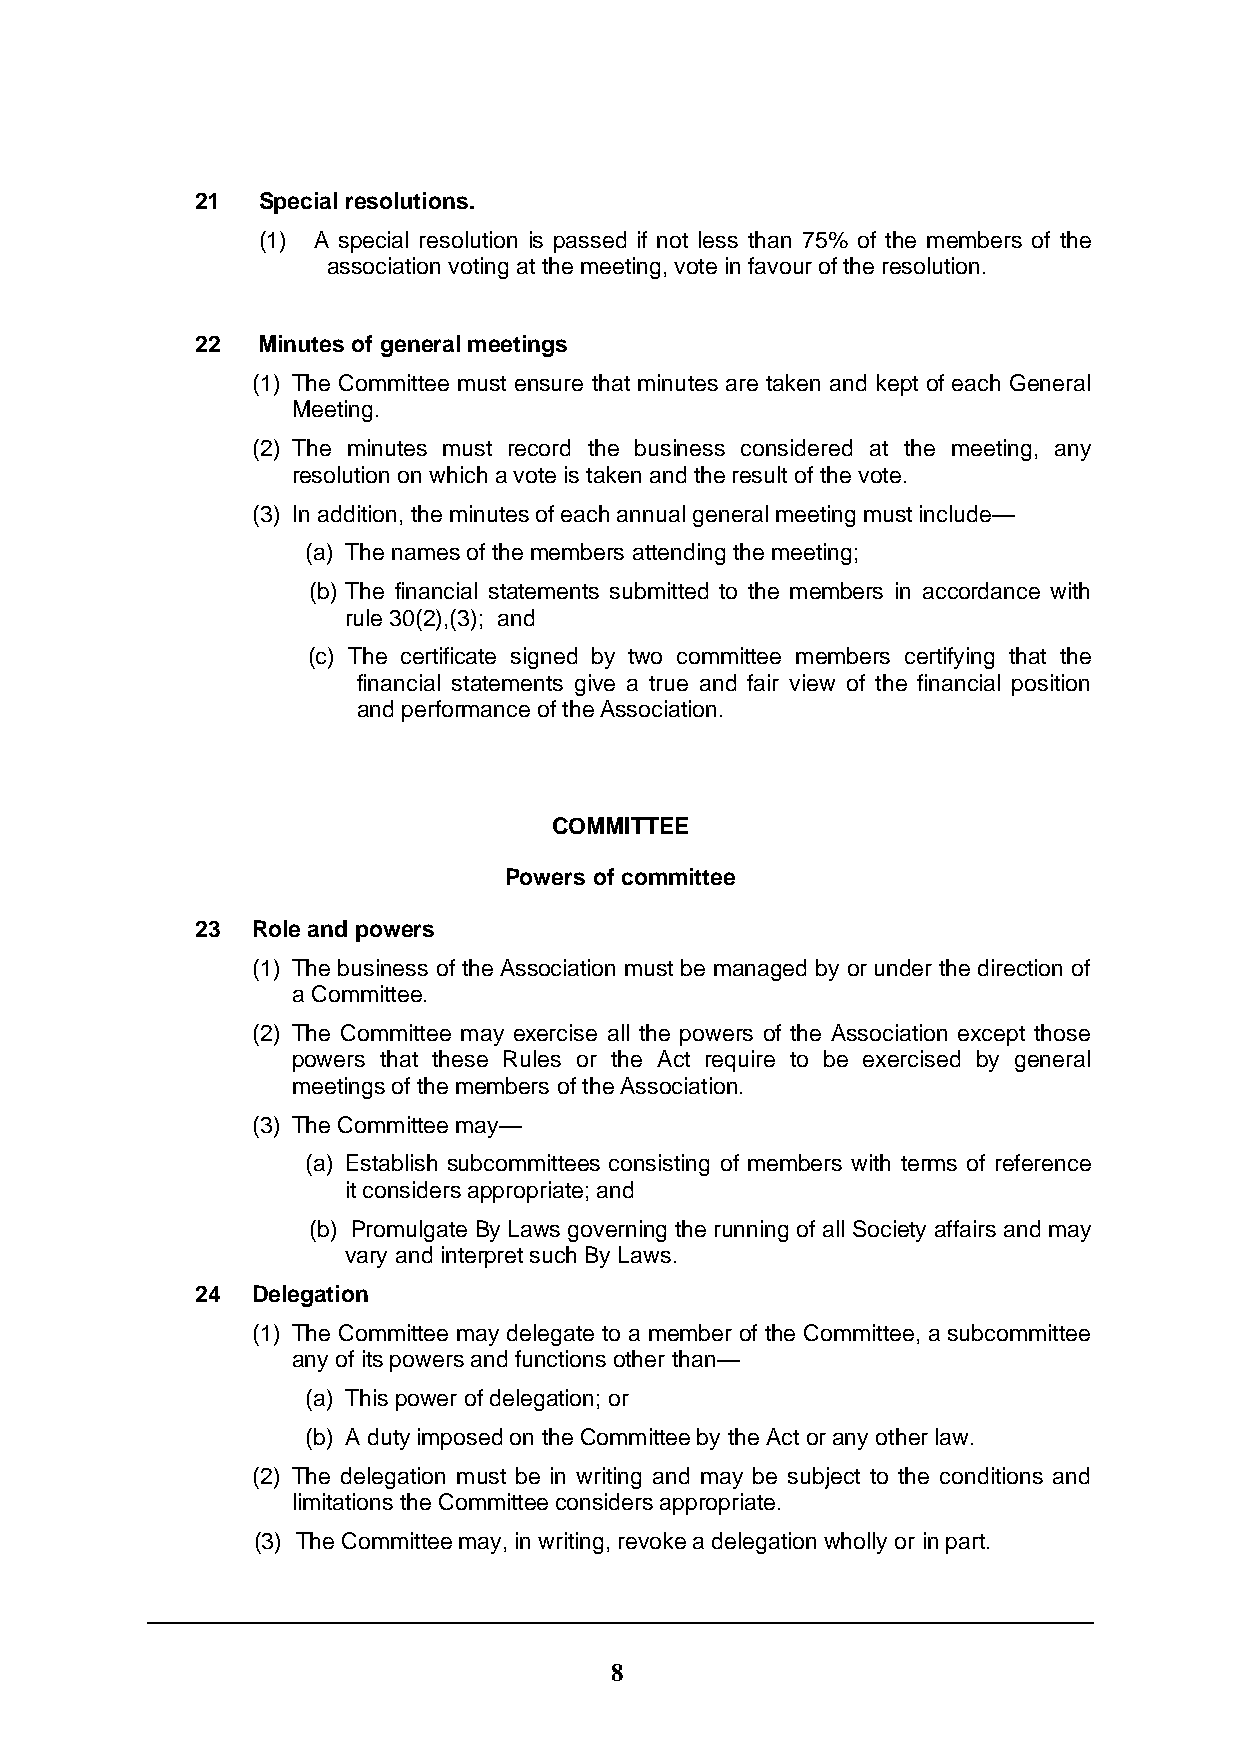
21  Special resolutions.
 (1) A special resolution is passed if not less than 75% of the members of the
 association voting at the meeting, vote in favour of the resolution.
 22  Minutes of general meetings
 (1) The Committee must ensure that minutes are taken and kept of each General
 Meeting.
 (2) The minutes must record the business considered at the meeting, any
 resolution on which a vote is taken and the result of the vote.
 (3) In addition, the minutes of each annual general meeting must include—
 (a) The names of the members attending the meeting;
 (b) The financial statements submitted to the members in accordance with
 rule 30(2),(3); and
 (c) The certificate signed by two committee members certifying that the
 financial statements give a true and fair view of the financial position
 and performance of the Association.
 COMMITTEE
 Powers of committee
 23  Role and powers
 (1) The business of the Association must be managed by or under the direction of
 a Committee.
 (2) The Committee may exercise all the powers of the Association except those
 powers that these Rules or the Act require to be exercised by general
 meetings of the members of the Association.
 (3) The Committee may—
 (a) Establish subcommittees consisting of members with terms of reference
 it considers appropriate; and
 (b) Promulgate By Laws governing the running of all Society affairs and may
 vary and interpret such By Laws.
 24  Delegation
 (1) The Committee may delegate to a member of the Committee, a subcommittee
 any of its powers and functions other than—
 (a) This power of delegation; or
 (b) A duty imposed on the Committee by the Act or any other law.
 (2) The delegation must be in writing and may be subject to the conditions and
 limitations the Committee considers appropriate.
 (3) The Committee may, in writing, revoke a delegation wholly or in part.
 8